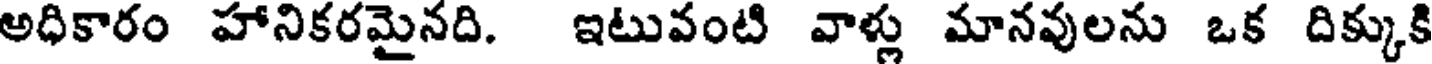
అధికారం హానికరమైనది. ఇటువంటి వాళ్లు మానవులను ఒక దిక్కుకి